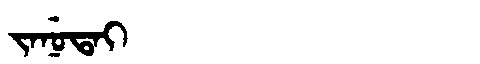
Manchu: ᠵᠠᠨᡠᡨᠠᡳ
Romanization: JANUTAI